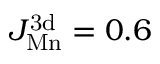
J _ { \mathrm { M n } } ^ { \mathrm { 3 d } } = 0 . 6